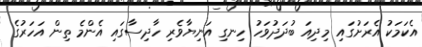
އެކަމަކު އެރަށުގައި މިދިއަ ބުދަދުވަހު ހިނގި އަނިޔާވެރި ހާދިސާގައި އެންމެ ތިން އަހަރުގެ